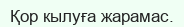
Қор кылуға жарамас.